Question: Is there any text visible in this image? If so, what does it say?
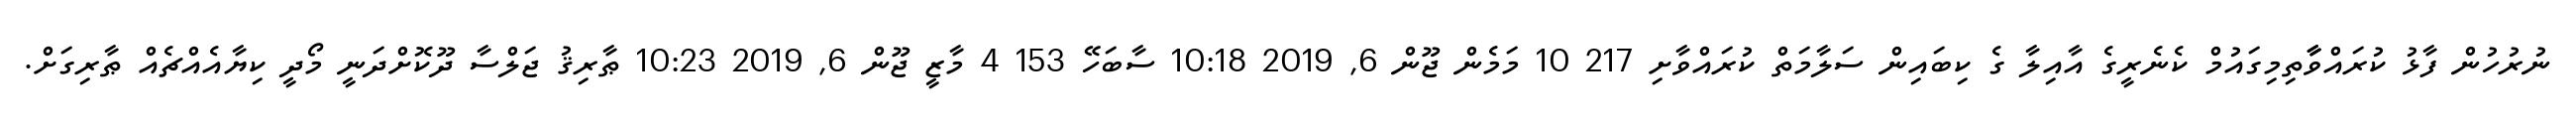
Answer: ނުރުހުން ފާޅު ކުރައްވާާތިމިގައުމް ކެނެރީގެ އާއިލާ ގެ ކިބައިން ސަލާމަތް ކުރައްވާށި 217 10 މަމެން ޖޫން 6, 2019 10:18 ސާބަހޭ 153 4 މާޒީ ޖޫން 6, 2019 10:23 ޠާރިޤު ޖަލްސާ ދޫކޮށްދަނީ މޯދީ ކިޔާއެއްޗެއް ޠާރިގަށް.